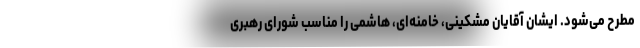
مطرح می‌شود. ایشان آقایان مشکینی، خامنه‌ای، هاشمی را مناسب شورای رهبری